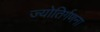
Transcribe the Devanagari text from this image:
ज्योतिर्गणना